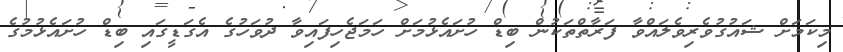
މިކަމަށް ޝައުގުވެރިވެލައްވާ ފަރާތްތަކުން ބިޑް ހުށައެޅުމަށް ހަމަޖެހިފައިވާ ދުވަހުގެ އެގަޑީގައި ބިޑް ހުށައެޅުމުގެ